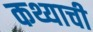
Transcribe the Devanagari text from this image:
कथ्याची